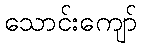
သောင်းကျော်